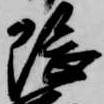
隈